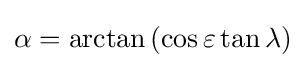
\alpha =\arctan \left(\cos {\varepsilon }\tan {\lambda }\right)